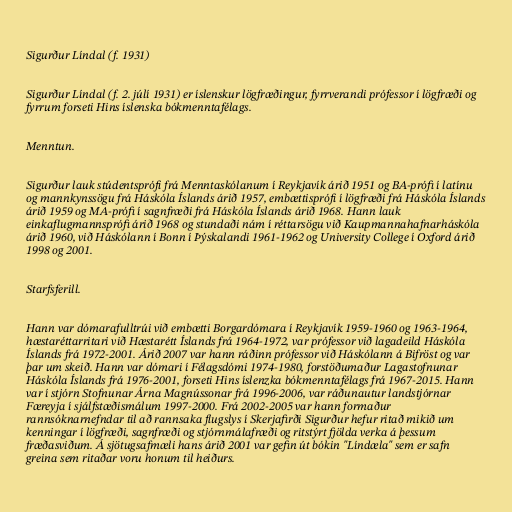
Sigurður Líndal (f. 1931)

Sigurður Líndal (f. 2. júlí 1931) er íslenskur lögfræðingur, fyrrverandi prófessor í lögfræði og
fyrrum forseti Hins íslenska bókmenntafélags.

Menntun.

Sigurður lauk stúdentsprófi frá Menntaskólanum í Reykjavík árið 1951 og BA-prófi í latínu
og mannkynssögu frá Háskóla Íslands árið 1957, embættisprófi í lögfræði frá Háskóla Íslands
árið 1959 og MA-prófi í sagnfræði frá Háskóla Íslands árið 1968. Hann lauk
einkaflugmannsprófi árið 1968 og stundaði nám í réttarsögu við Kaupmannahafnarháskóla
árið 1960, við Háskólann í Bonn í Þýskalandi 1961-1962 og University College í Oxford árið
1998 og 2001.

Starfsferill.

Hann var dómarafulltrúi við embætti Borgardómara í Reykjavík 1959-1960 og 1963-1964,
hæstaréttarritari við Hæstarétt Íslands frá 1964-1972, var prófessor við lagadeild Háskóla
Íslands frá 1972-2001. Árið 2007 var hann ráðinn prófessor við Háskólann á Bifröst og var
þar um skeið. Hann var dómari í Félagsdómi 1974-1980, forstöðumaður Lagastofnunar
Háskóla Íslands frá 1976-2001, forseti Hins íslenzka bókmenntafélags frá 1967-2015. Hann
var í stjórn Stofnunar Árna Magnússonar frá 1996-2006, var ráðunautur landstjórnar
Færeyja í sjálfstæðismálum 1997-2000. Frá 2002-2005 var hann formaður
rannsóknarnefndar til að rannsaka flugslys í Skerjafirði Sigurður hefur ritað mikið um
kenningar í lögfræði, sagnfræði og stjórnmálafræði og ritstýrt fjölda verka á þessum
fræðasviðum. Á sjötugsafmæli hans árið 2001 var gefin út bókin "Líndæla" sem er safn
greina sem ritaðar voru honum til heiðurs.